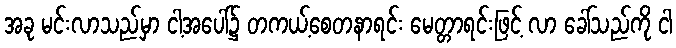
အခု မင်းလာသည်မှာ ငါ့အပေါ်၌ တကယ့်စေတနာရင်း မေတ္တာရင်းဖြင့် လာ ခေါ်သည်ကို ငါ